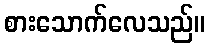
စားသောက်လေသည်။